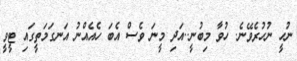
ނުހީ ނުހުރެވޭނެ. ހުވާ މިބުނީ..އަދި މީނަ ވެސް އެބަ ހެއެއްނު އަނގަމަތީގައި ޓީވީ